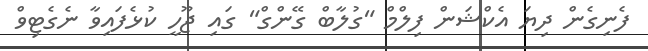
ފެނިގެން ދިޔަ އެކްޝަން ފިލްމް "ގުލާބް ގޭންގް" ގައި ޖޫހީ ކުޅެފައިވާ ނެގެޓިވް